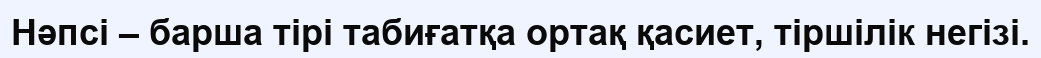
Нәпсі – барша тірі табиғатқа ортақ қасиет, тіршілік негізі.